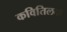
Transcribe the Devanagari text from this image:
कवितिलक